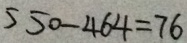
5 5 0 - 4 6 4 = 7 6